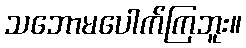
သဘောမပေါက်ကြဘူး။